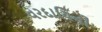
વરદાયિની